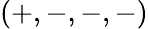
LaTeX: (+,-,-,-)